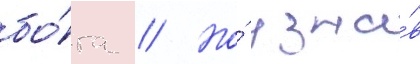
бо́га // Но́ узна́в